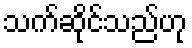
သက်ဆိုင်သည်ဟု